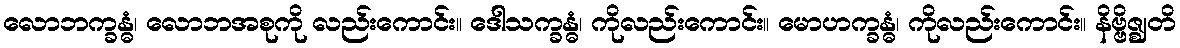
လောဘက္ခန္ဓံ၊ လောဘအစုကို လည်းကောင်း။ ဒေါသက္ခန္ဓံ၊ ကိုလည်းကောင်း။ မောဟက္ခန္ဓံ၊ ကိုလည်းကောင်း။ နိဗ္ဗိဇ္ဈတိ